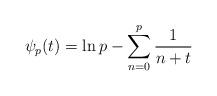
LaTeX: \begin{align*}\psi_p(t)=\ln p - \sum_{n=0}^{p}\frac{1}{n+t}\end{align*}